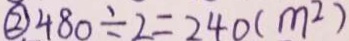
\textcircled { 2 } 4 8 0 \div 2 = 2 4 0 ( m ^ { 2 } )